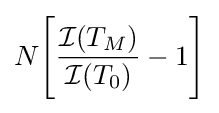
N{\Bigg [}{\frac {{\mathcal {I}}(T_{M})}{{\mathcal {I}}(T_{0})}}-1{\Bigg ]}